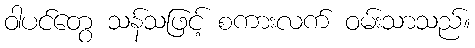
ဝါပင်တွေ သန်သဖြင့် စကားလက် ဝမ်းသာသည်။